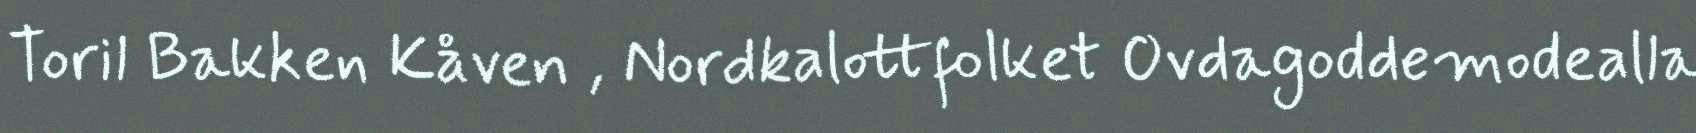
Toril Bakken Kåven , Nordkalottfolket Ovdagoddemodealla